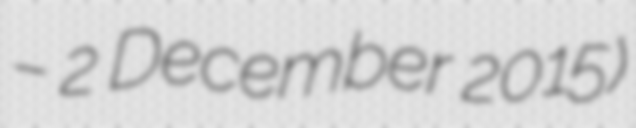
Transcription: – 2 December 2015)